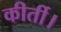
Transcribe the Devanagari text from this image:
कीर्ती।